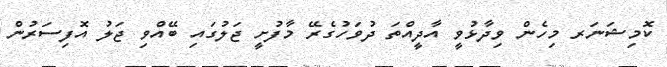
ކޮމިޝަނަރ މިހެން ވިދާޅުވީ އާދީއްތަ ދުވަހުގެރޭ މާފުށީ ޖަލުގައި ބޭއްވި ޖަލު އޮފިސަރުން